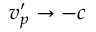
v _ { p } ^ { \prime } \rightarrow - c